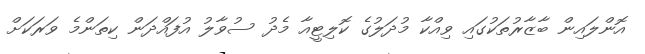
އޮންލައިން ބާޒާރުތަކުގައި ވިއްކާ މުދަލުގެ ކޮލިޓީއާ މެދު ސުވާލު އުފައްދަން ކިތަންމެ ވަރަކަށް